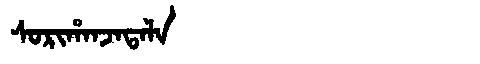
Manchu: ᠰᠣᡵᡳᡥᠠᠨᠵᠠᡨᠠᠯᠠ
Romanization: SORIHANJATALA